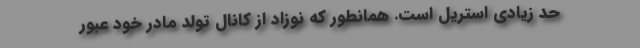
حد زیادی استریل است. همانطور که نوزاد از کانال تولد مادر خود عبور